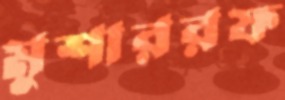
মুশাররফ